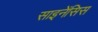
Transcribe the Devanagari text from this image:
साइनेंसिस